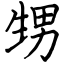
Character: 甥